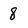
Character: 8